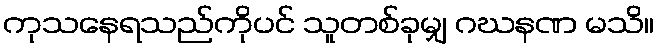
ကုသနေရသည်ကိုပင် သူတစ်ခုမျှ ဂဃနဏ မသိ။